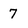
Character: 7